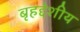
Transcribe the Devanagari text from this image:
बृहद्देशीय